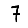
Digit: 7